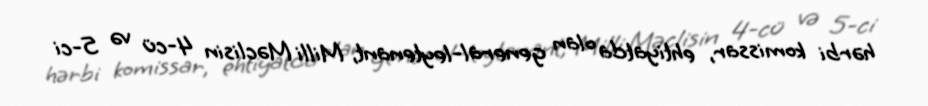
hərbi komissar, ehtiyatda olan general-leytenant, Milli Məclisin 4-cü və 5-ci